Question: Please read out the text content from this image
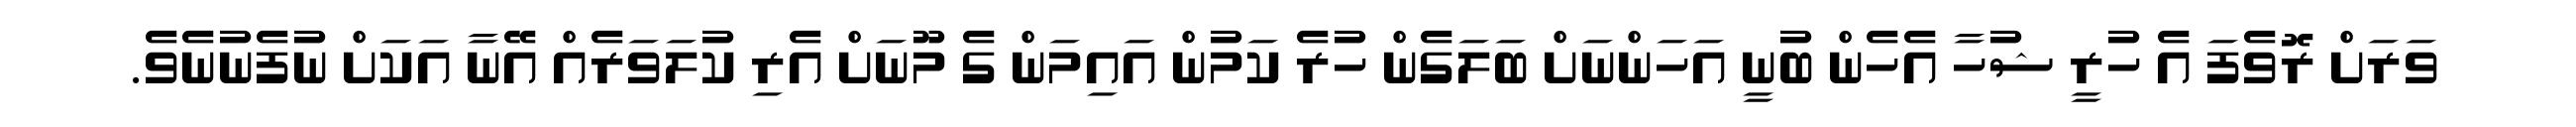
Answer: ވަރަށް ރޮވެފަ އެ ހުރީ ޝުހާ އެހެން ބުނީ އަހަންނަށް ބަލަގެން ހުރެ ކަމުން އައިމަން ގެ މޫނަށް އެރި ކުލަވަރެއް އޭނާ އަކަށް ނުފެނުނެވެ.